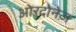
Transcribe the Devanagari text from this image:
ओरदोनेज़